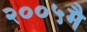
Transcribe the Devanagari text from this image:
२००५मै